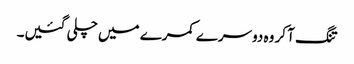
تنگ آ کر وہ دوسرے کمرے میں چلی گئیں۔